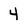
Character: 4